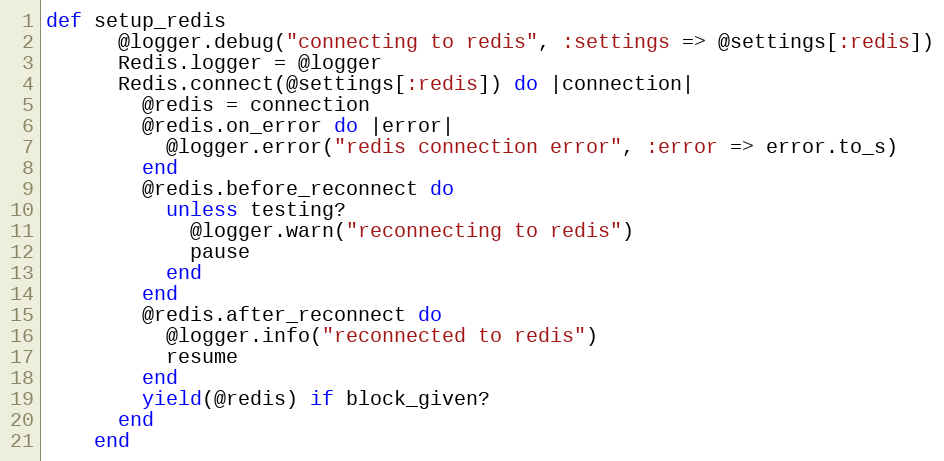
Language: Ruby
def setup_redis
      @logger.debug("connecting to redis", :settings => @settings[:redis])
      Redis.logger = @logger
      Redis.connect(@settings[:redis]) do |connection|
        @redis = connection
        @redis.on_error do |error|
          @logger.error("redis connection error", :error => error.to_s)
        end
        @redis.before_reconnect do
          unless testing?
            @logger.warn("reconnecting to redis")
            pause
          end
        end
        @redis.after_reconnect do
          @logger.info("reconnected to redis")
          resume
        end
        yield(@redis) if block_given?
      end
    end